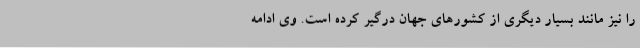
را نیز مانند بسیار دیگری از کشورهای جهان درگیر کرده است. وی ادامه